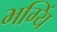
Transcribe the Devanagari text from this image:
भग्यिं